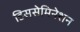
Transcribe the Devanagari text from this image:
डिससेमिनेशन